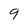
Character: 9